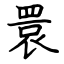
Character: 睘